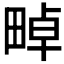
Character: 𤲤